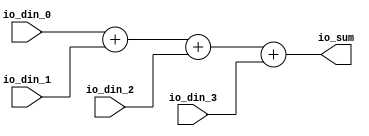
// Generator : SpinalHDL v1.7.2    git head : 08fc866bebdc40c471ebe327bface63e34406489
// Component : assignTest_1
// Git hash  : 23d564a3e9d4d768c2cb1641ec7dc2becc0d2602

`timescale 1ns/1ps

module assignTest_1 (
  input      [7:0]    io_din_0,
  input      [7:0]    io_din_1,
  input      [7:0]    io_din_2,
  input      [7:0]    io_din_3,
  output     [7:0]    io_sum
);

  reg        [7:0]    temp_3;
  reg        [7:0]    temp_2;
  reg        [7:0]    temp_1;
  wire       [7:0]    temp;

  always @(*) begin
    temp_3 = temp_2;
    temp_3 = (temp_2 + io_din_3);
  end

  always @(*) begin
    temp_2 = temp_1;
    temp_2 = (temp_1 + io_din_2);
  end

  always @(*) begin
    temp_1 = temp;
    temp_1 = (temp + io_din_1);
  end

  assign temp = io_din_0;
  assign io_sum = temp_3;

endmodule